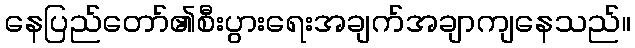
နေပြည်တော်၏စီးပွားရေးအချက်အချာကျနေသည်။